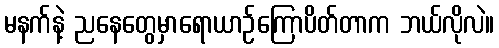
မနက်နဲ့ ညနေတွေမှာရောယာဉ်ကြောပိတ်တာက ဘယ်လိုလဲ။